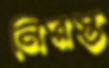
নিরস্ত